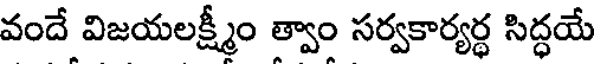
వందే విజయలక్ష్మీం త్వాం సర్వకార్యర్థ సిద్ధయే